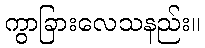
ကွာခြားလေသနည်း။